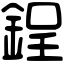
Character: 鋥